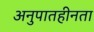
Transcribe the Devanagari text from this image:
अनुपातहीनता